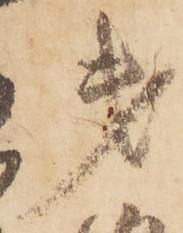
第